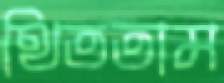
থিততাম